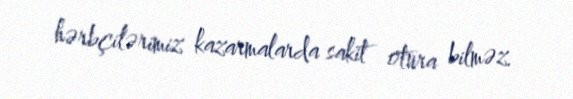
hərbçilərimiz kazarmalarda sakit otura bilməz.